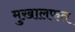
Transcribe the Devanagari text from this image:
मुख़ालफत